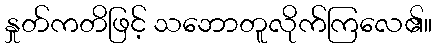
နှုတ်ကတိဖြင့် သဘောတူလိုက်ကြလေ၏။